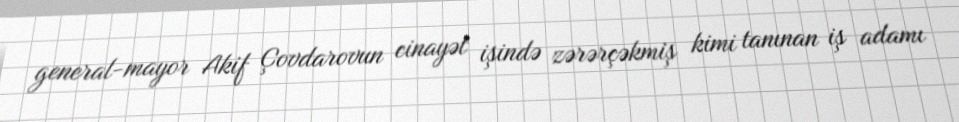
general-mayor Akif Çovdarovun cinayət işində zərərçəkmiş kimi tanınan iş adamı